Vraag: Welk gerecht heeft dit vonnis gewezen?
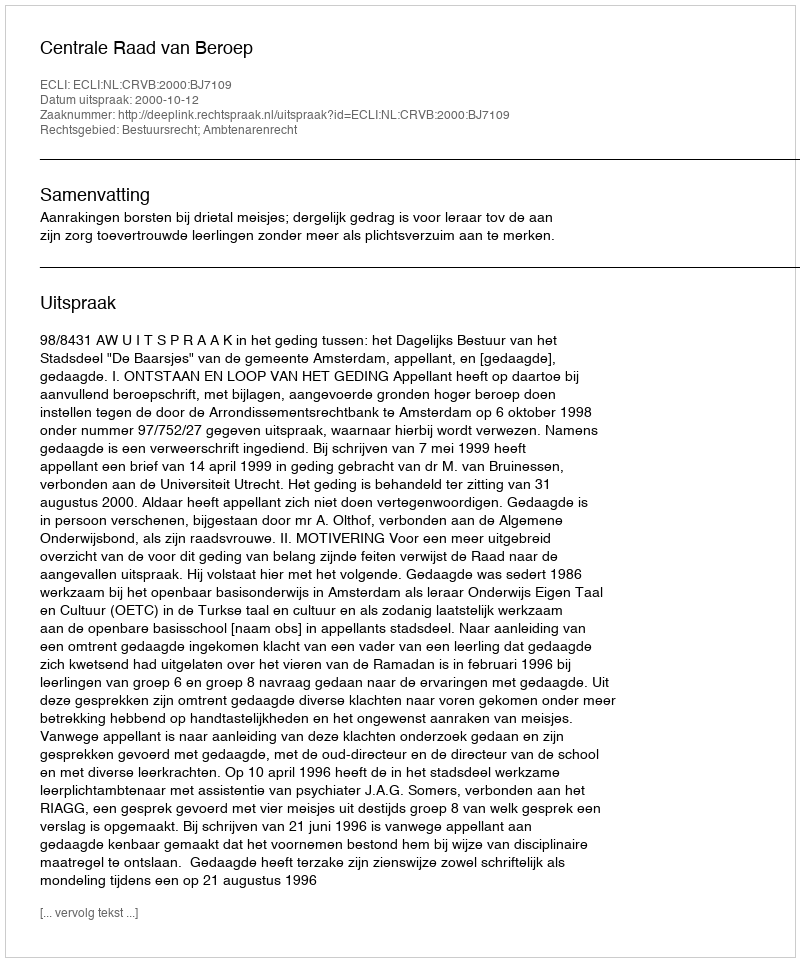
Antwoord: Centrale Raad van Beroep